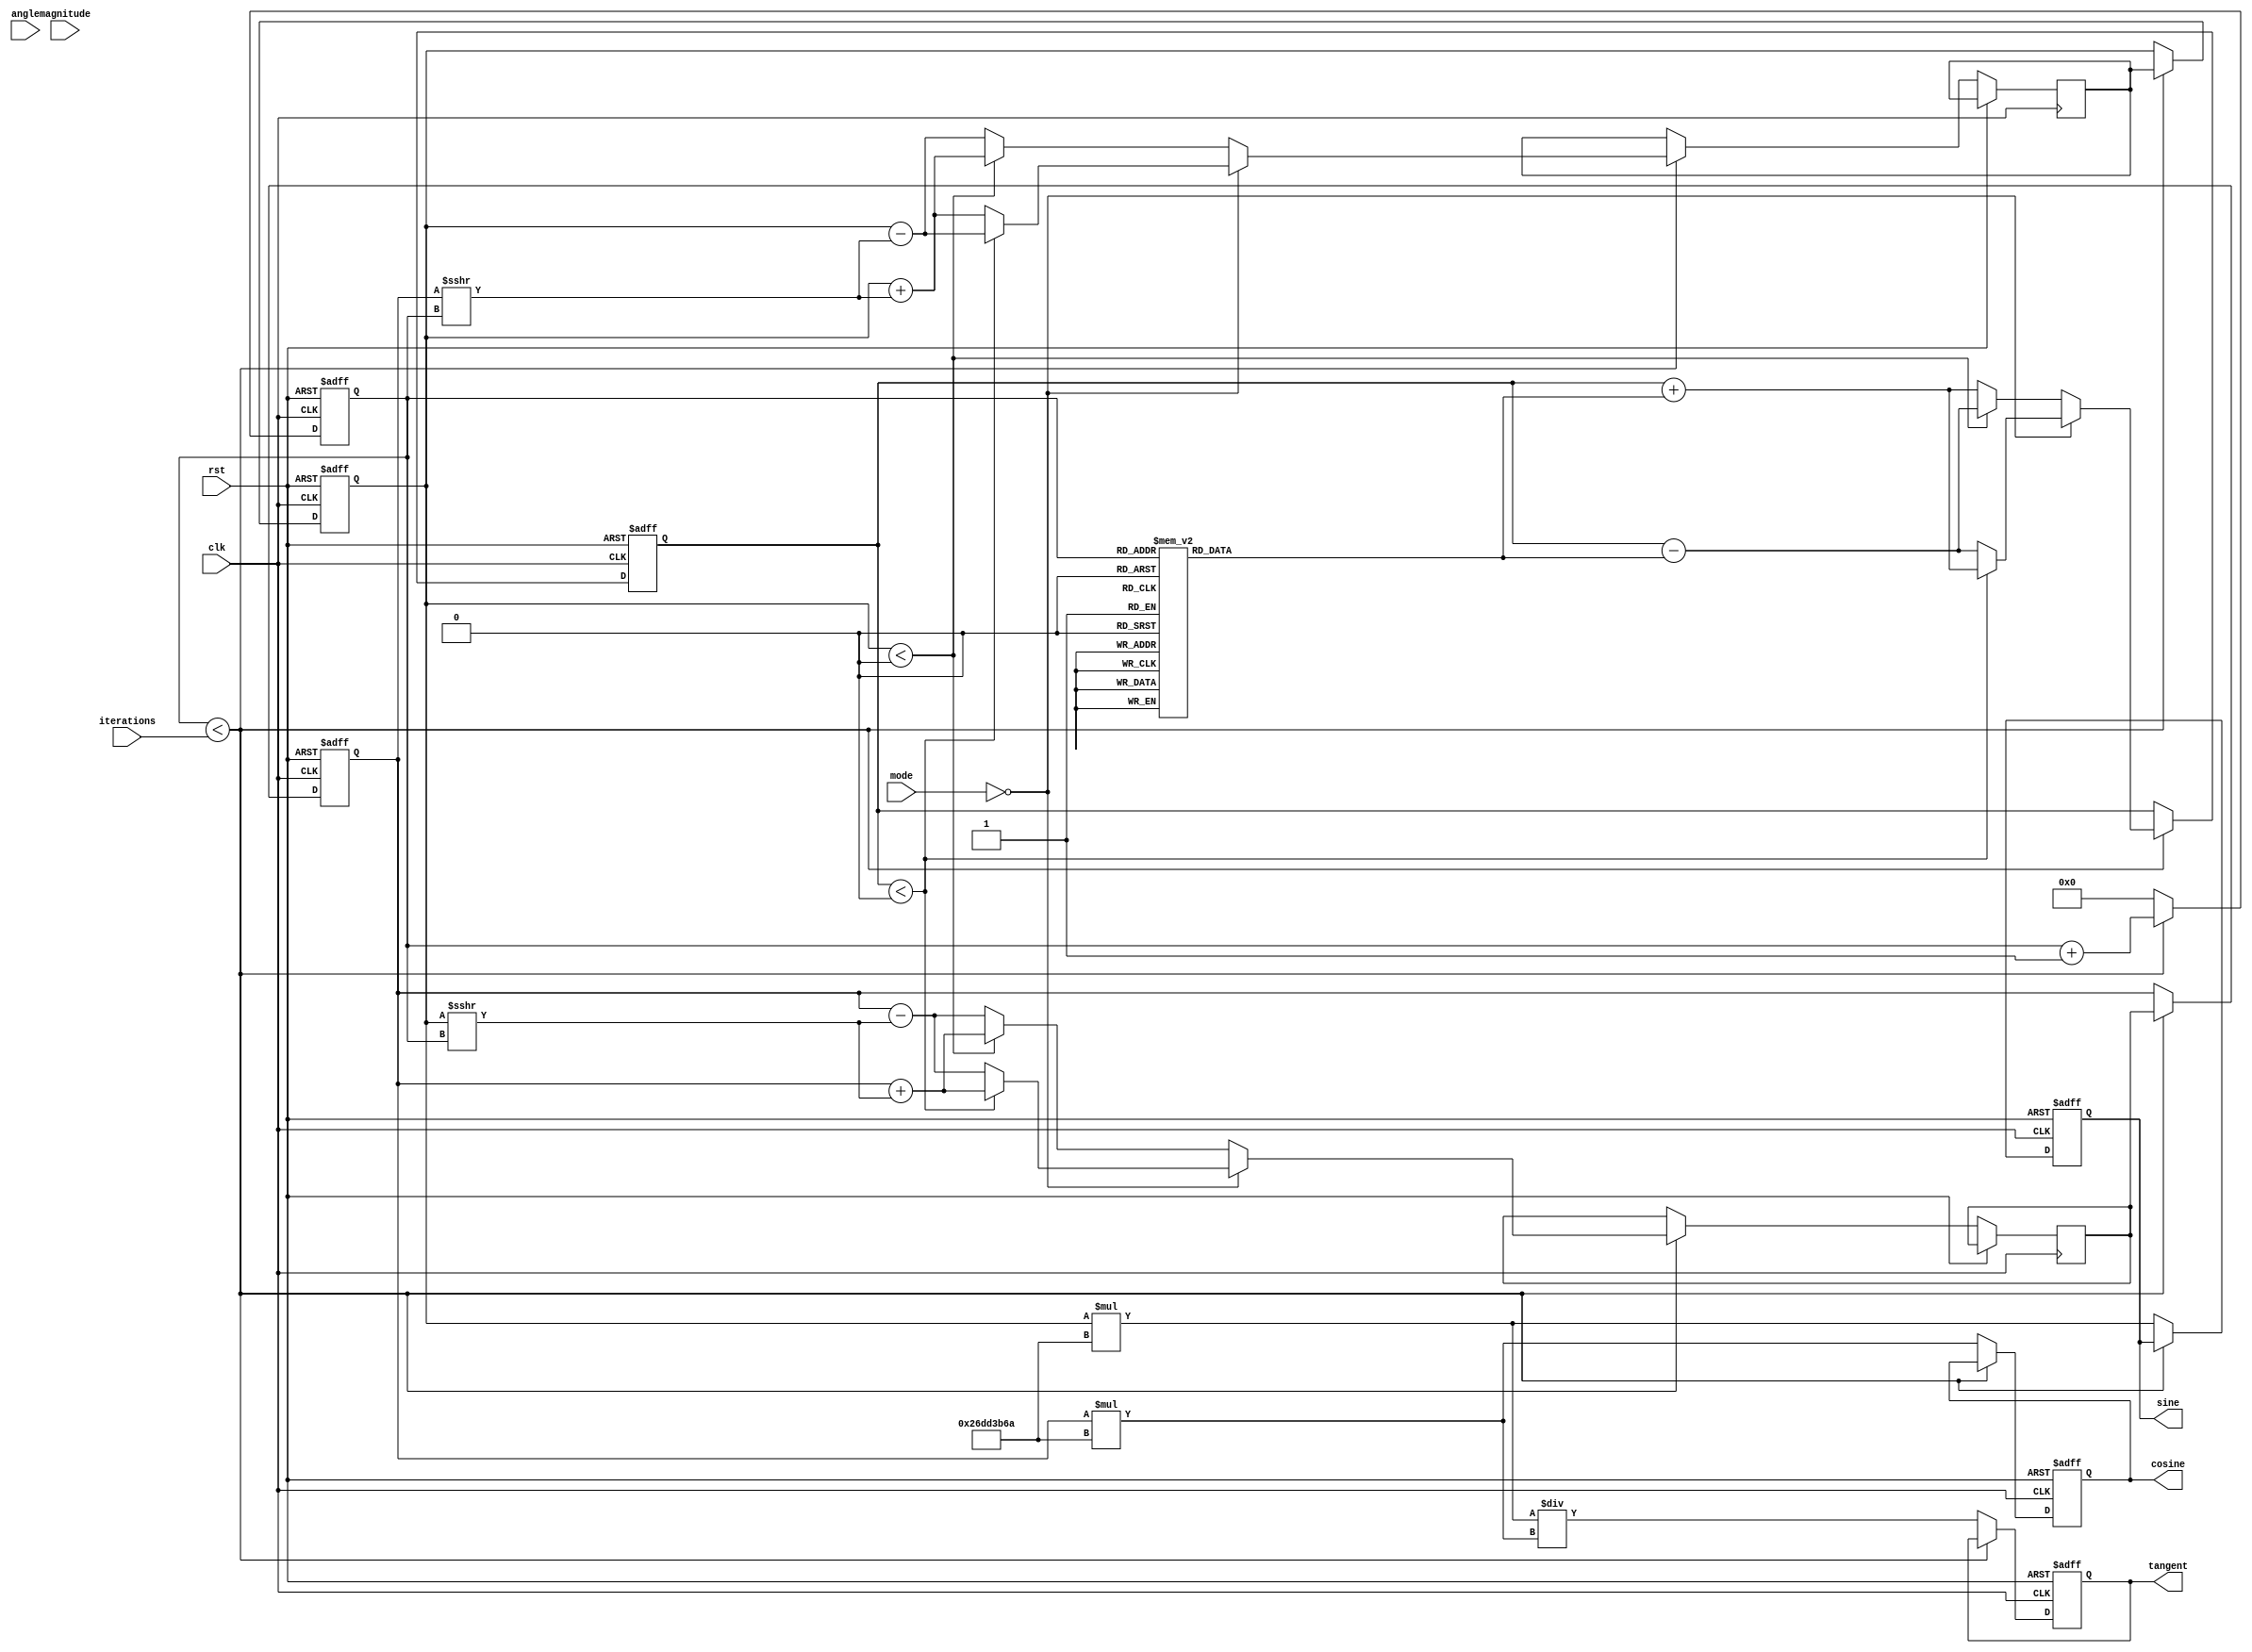
module adaptive_cordic (
    input clk,
    input rst,
    input [31:0] angle, // input angle in fixed-point format
    input [31:0] magnitude, // input magnitude (for vectoring mode)
    input [3:0] mode, // operation mode (0: rotation, 1: vectoring)
    input [3:0] iterations, // number of iterations for CORDIC
    output reg [31:0] sine, // sine output
    output reg [31:0] cosine, // cosine output
    output reg [31:0] tangent // tangent output
);

// CORDIC Constants
parameter CORDIC_SCALE = 32'h26DD3B6A; // Scaling factor for CORDIC

// Internal Registers
reg [31:0] x, y, z; // x, y coordinates and angle
reg [31:0] x_temp, y_temp;
reg [3:0] iter_count;
reg [31:0] atan_table[0:31]; // Lookup table for arctangent values

// Initialize arctangent values
initial begin
    atan_table[0] = 32'h00000000; // atan(0)
    atan_table[1] = 32'h26DD3B6A; // atan(1/2^1)
    atan_table[2] = 32'h1D9F9A9B; // atan(1/2^2)
    atan_table[3] = 32'h12E4051E; // atan(1/2^3)
    // More values for higher indices ...
end

// State machine to handle CORDIC iterations
always @(posedge clk or posedge rst) begin
    if (rst) begin
        x <= 32'h00000000; // Reset x
        y <= 32'h00000000; // Reset y
        z <= 32'h00000000; // Reset z
        iter_count <= 0;
        sine <= 0;
        cosine <= 0;
        tangent <= 0;
    end else begin
        if (iter_count < iterations) begin
            // Rotation Logic
            if (mode == 0) begin // Rotation mode
                if (z < 0) begin
                    x_temp <= x + (y >>> iter_count);
                    y_temp <= y - (x >>> iter_count);
                    z <= z + atan_table[iter_count];
                end else begin
                    x_temp <= x - (y >>> iter_count);
                    y_temp <= y + (x >>> iter_count);
                    z <= z - atan_table[iter_count];
                end
            end else begin // Vectoring mode
                if (y < 0) begin
                    x_temp <= x + (y >>> iter_count);
                    y_temp <= y + (x >>> iter_count);
                    z <= z - atan_table[iter_count];
                end else begin
                    x_temp <= x - (y >>> iter_count);
                    y_temp <= y - (x >>> iter_count);
                    z <= z + atan_table[iter_count];
                end
            end
            // Update values for next iteration
            x <= x_temp;
            y <= y_temp;
            iter_count <= iter_count + 1;
        end else begin
            // Output calculations
            sine <= y * CORDIC_SCALE;
            cosine <= x * CORDIC_SCALE;
            tangent <= (y * CORDIC_SCALE) / (x * CORDIC_SCALE);
            iter_count <= 0; // Reset iteration count for next calculation
        end
    end
end

endmodule